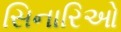
સિનારિઓ